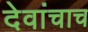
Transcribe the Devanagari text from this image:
देवांचाच